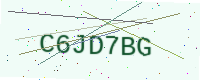
Text: C6JD7BG